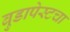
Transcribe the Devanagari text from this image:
बुडापेस्टचा